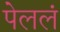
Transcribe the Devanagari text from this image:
पेललं